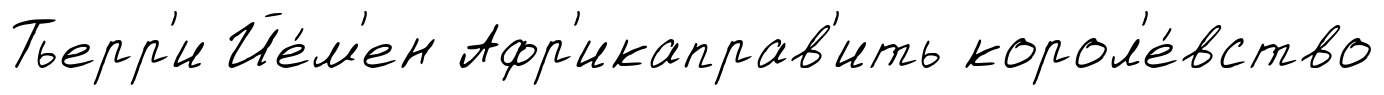
Тьерр'и Йе́м'ен Афр'икаправ'ить корол'е́вство